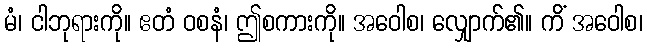
မံ၊ ငါဘုရားကို။ ဧတံ ဝစနံ၊ ဤစကားကို။ အဝေါစ၊ လျှောက်၏။ ကိံ အဝေါစ၊